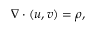
\nabla \cdot ( u , v ) = \rho ,